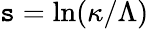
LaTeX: \mathtt{s}=\ln(\kappa/\Lambda)